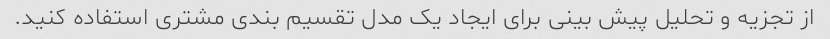
از تجزیه و تحلیل پیش بینی برای ایجاد یک مدل تقسیم بندی مشتری استفاده کنید.